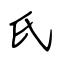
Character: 氏